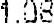
1.08